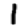
Digit: 1